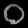
Digit: ၀